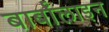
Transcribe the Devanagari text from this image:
बार्बॉलाइन